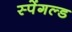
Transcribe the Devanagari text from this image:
स्पेंगल्ड